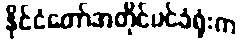
နိုင်ငံတော်အတိုင်ပင်ခံရုံးက